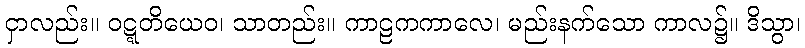
ငှာလည်း။ ဝဋ္ဋတိယေဝ၊ သာတည်း။ ကာဠကကာလေ၊ မည်းနက်သော ကာလ၌။ ဒိသွာ၊